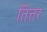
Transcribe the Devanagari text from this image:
तित्तर